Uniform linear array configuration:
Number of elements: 32
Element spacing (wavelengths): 0.75
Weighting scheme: kaiser
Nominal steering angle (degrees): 15
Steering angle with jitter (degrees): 13.086
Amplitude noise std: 0.05
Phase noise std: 0.05

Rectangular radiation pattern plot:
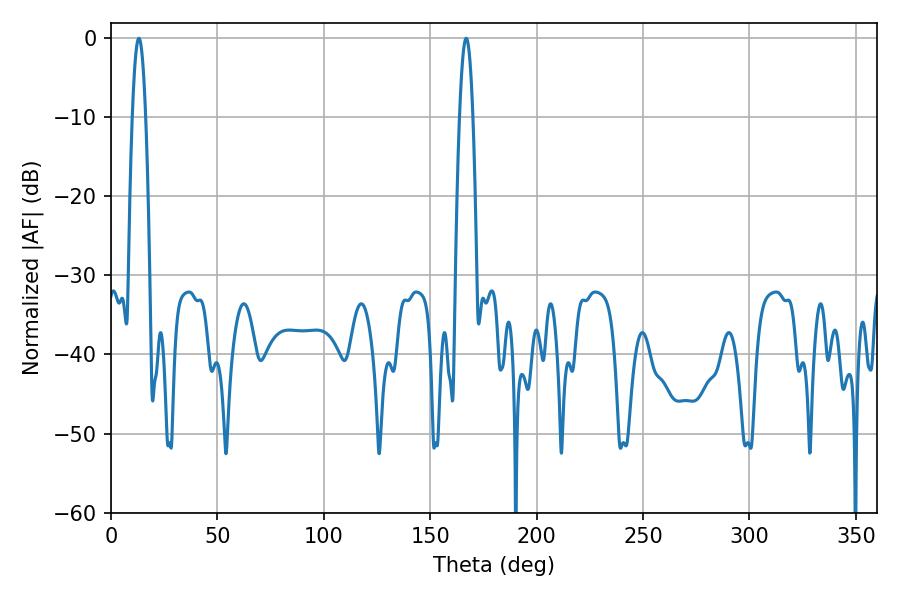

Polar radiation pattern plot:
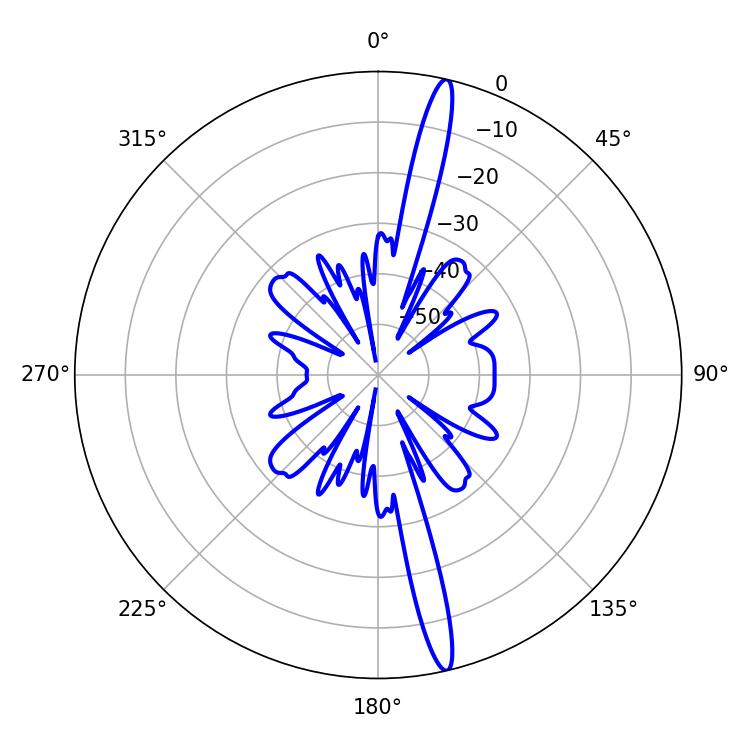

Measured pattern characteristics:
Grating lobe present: TRUE
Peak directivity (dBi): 18.272
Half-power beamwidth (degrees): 3.42
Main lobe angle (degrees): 13.14